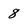
Character: 8